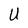
Character: U